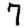
Digit: 7